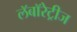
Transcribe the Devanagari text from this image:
लॅबॉरेट्रीज